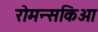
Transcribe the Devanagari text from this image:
रोमन्सकिओ